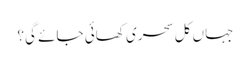
جہاں کل سحری کھائی جائے گی؟